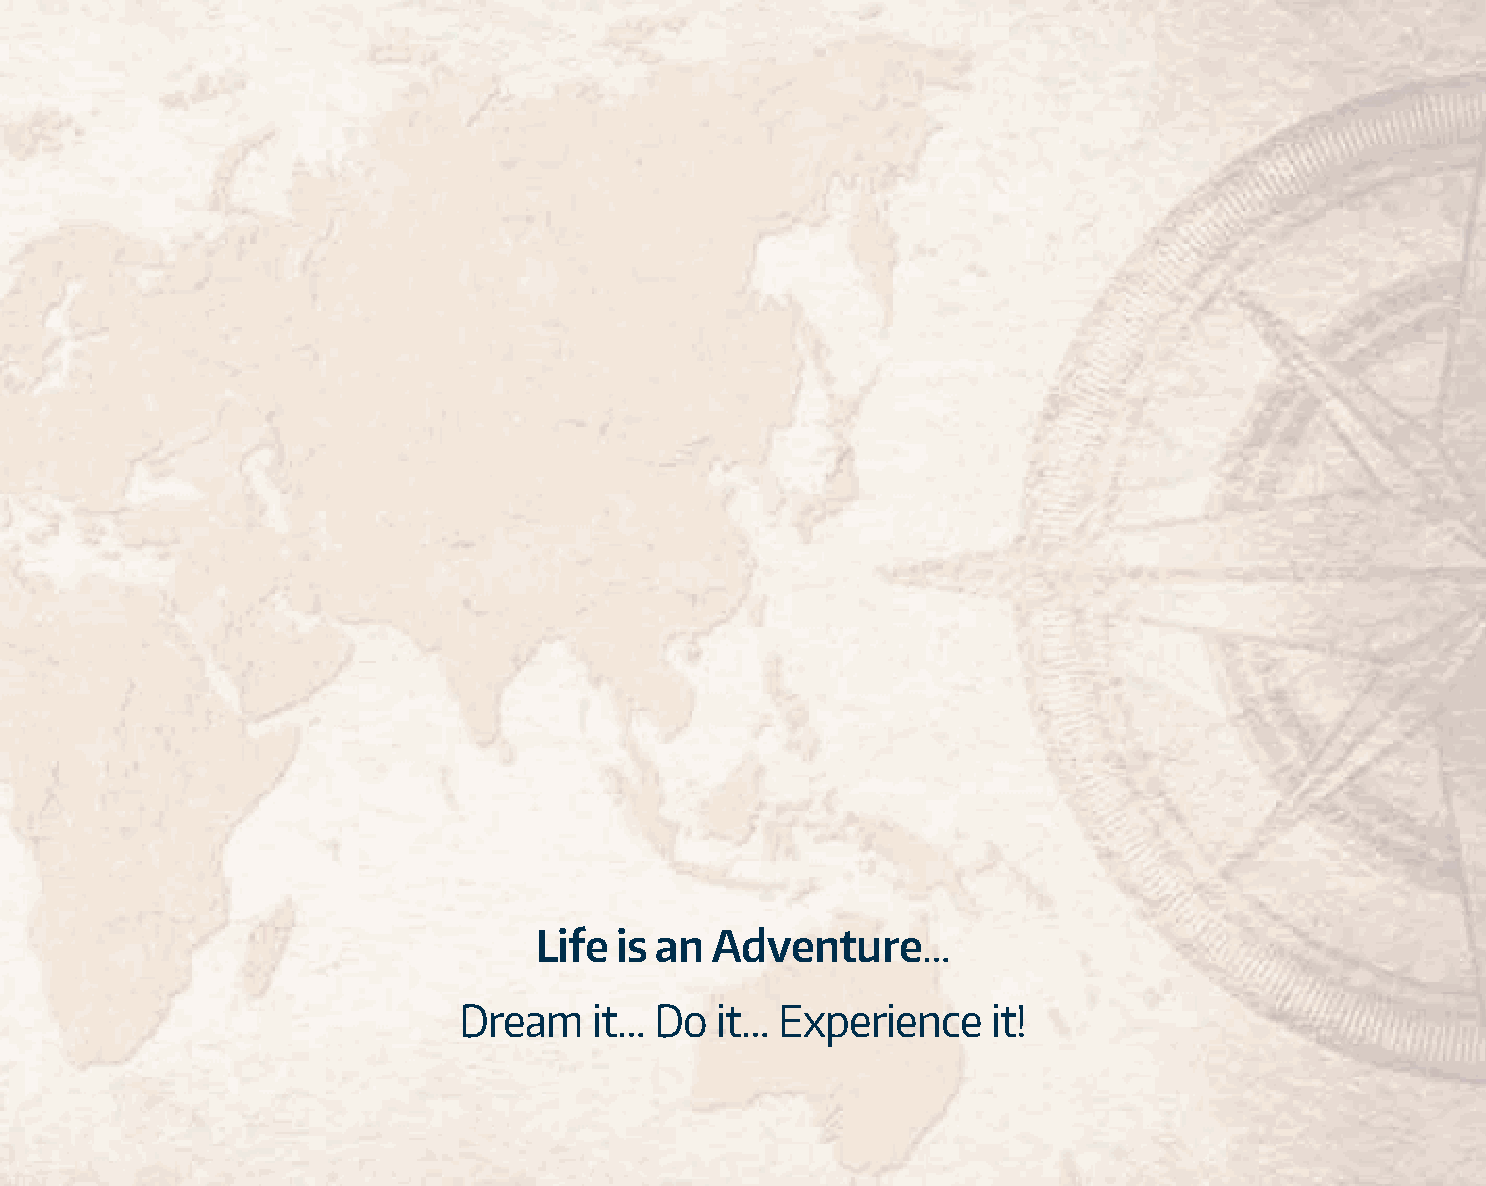
MemberBenefitsBooklet.qxp_Layout 2 12/13/15 11:53 AM Page 60
 t
 the   world     is a   book,
 and     those   who
 do   not
 ravel
 read     only    a   page.
 d
 Life is an  Adventure…
 Saint    Augustine
 Dream    it… Do  it… Experience    it!